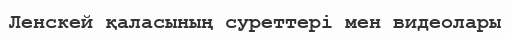
Ленскей қаласының суреттері мен видеолары